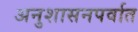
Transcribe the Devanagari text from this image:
अनुशासनपर्वात